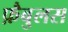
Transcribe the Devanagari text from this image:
फ़ैबुलस